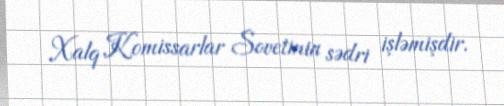
Xalq Komissarlar Sovetinin sədri işləmişdir.